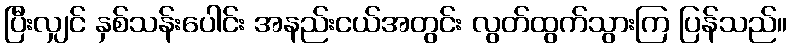
ပြီးလျှင် နှစ်သန်းပေါင်း အနည်းငယ်အတွင်း လွတ်ထွက်သွားကြ ပြန်သည်။